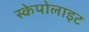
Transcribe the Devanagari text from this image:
स्केपोलाइट